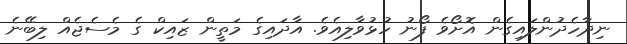
ނިދާހެދުންލައިގެން އޮށޯވެ ފޯނު ހުޅުވާލިއެވެ. އާދައިގެ މަތީން ޒައިކް ގެ މެސެޖެއް ލިބޭނެ